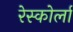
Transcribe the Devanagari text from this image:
रेस्कोर्ला